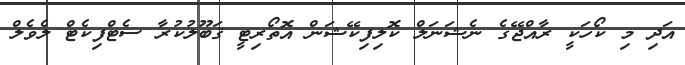
އަދި މި ކޯހަކީ ރާއްޖޭގެ ނެޝަނަލް ކޮލިފިކޭޝަން އޮތޯރިޓީ ޤަބޫލުކުރާ ސެޓްފިކެޓް ލެވެލް